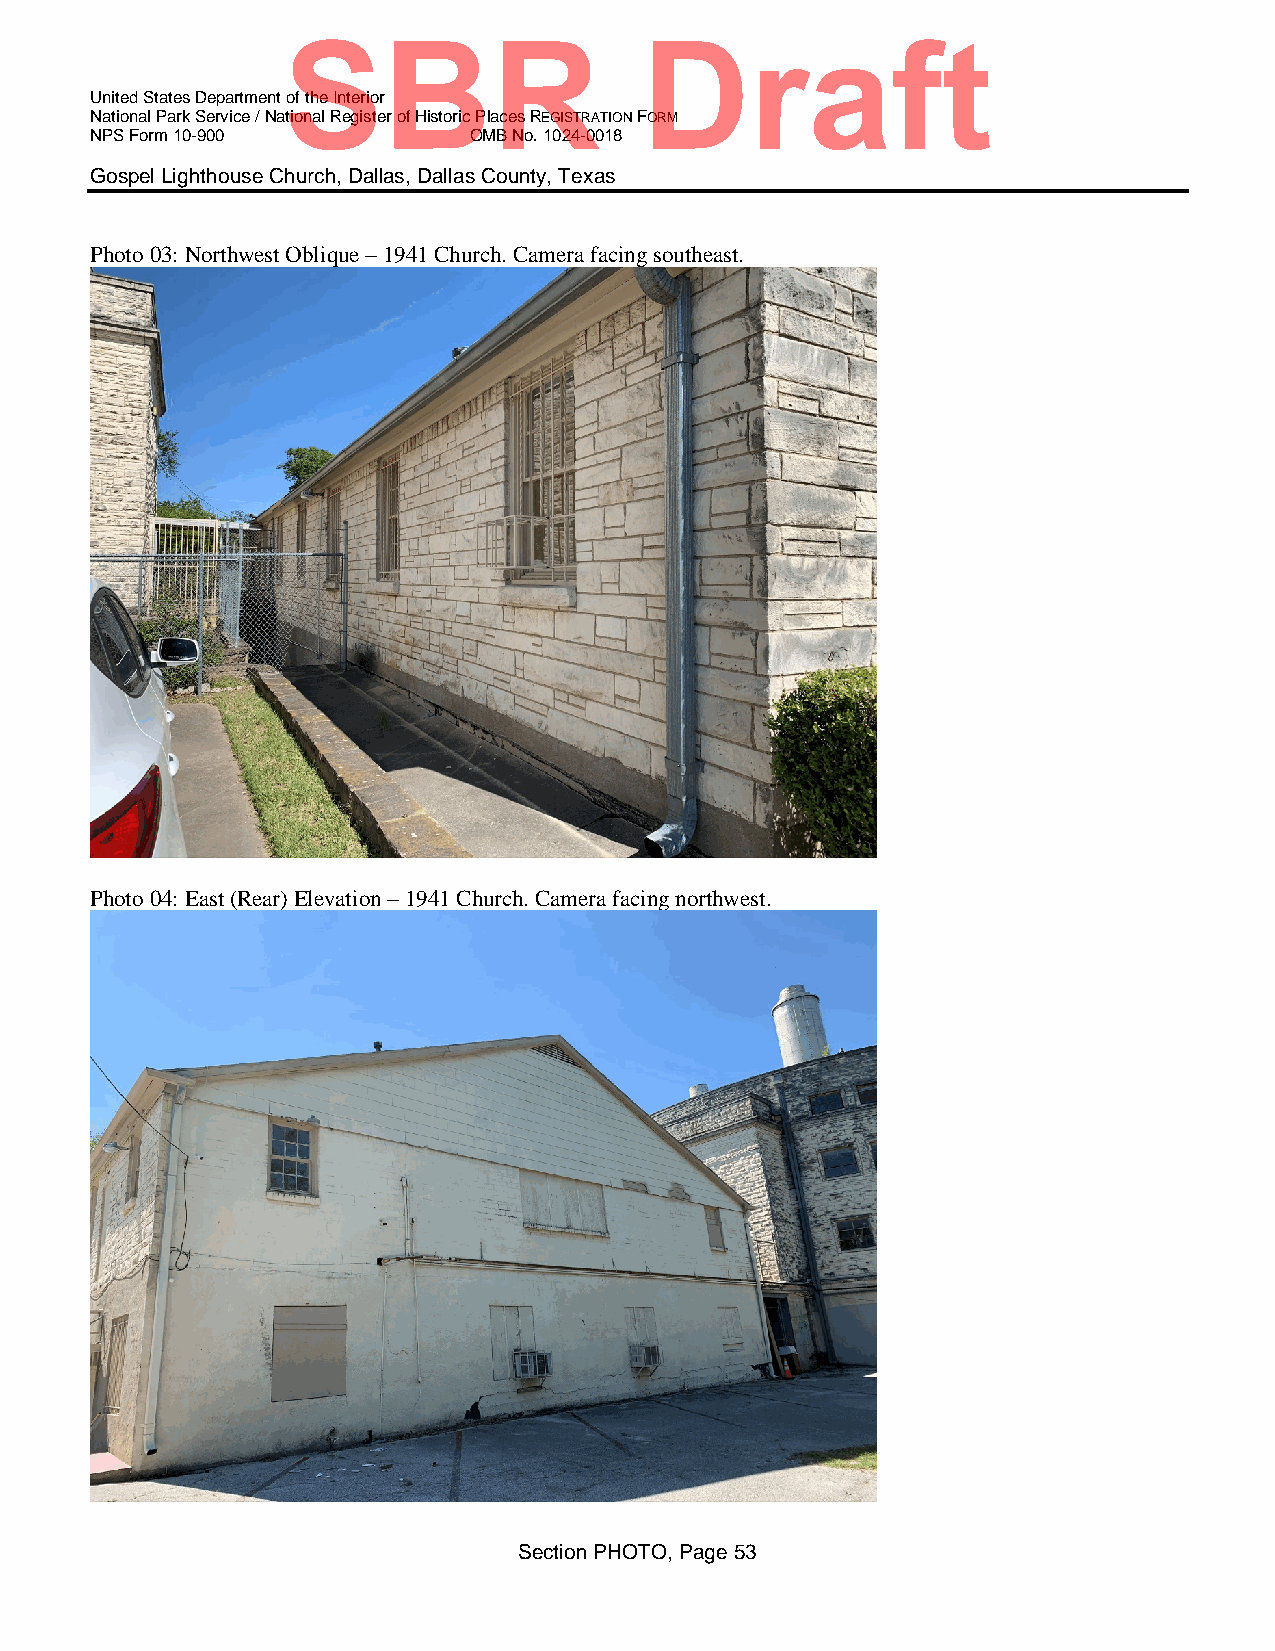
SBR                    Draft
 United States Department of the Interior
 National Park Service / National Register of Historic Places REGISTRATION FORM
 NPS Form 10-900          OMB No. 1024-0018
 Gospel Lighthouse Church, Dallas, Dallas County, Texas
 Photo 03: Northwest Oblique – 1941 Church. Camera facing southeast.
 Photo 04: East (Rear) Elevation – 1941 Church. Camera facing northwest.
 Section PHOTO, Page 53